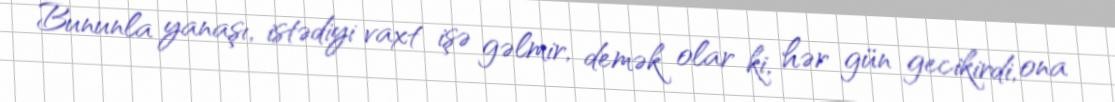
Bununla yanaşı, istədiyi vaxt işə gəlmir, demək olar ki, hər gün gecikirdi, ona